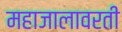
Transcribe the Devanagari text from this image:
महाजालावरती